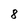
Character: 8